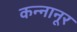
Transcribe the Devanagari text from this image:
कन्नानूर